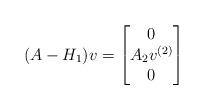
LaTeX: \begin{align*}(A-H_1)v = \begin{bmatrix}0 \\ A_2v^{(2)}\\ 0\end{bmatrix}\end{align*}